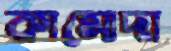
কামোদা